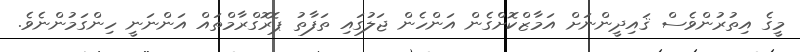
މީގެ އިތުރުންވެސް ޤައިދީންނަށް އަމާޒްކޮށްގެން އަންހެން ޖަލުގައި ތަފާތު ޕޮރޮގްރާމްތައް އަންނަނީ ހިންގަމުންނެވެ.